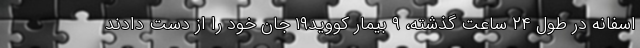
اسفانه در طول ۲۴ ساعت گذشته، ۹ بیمار کووید۱۹ جان خود را از دست دادند